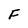
Character: F